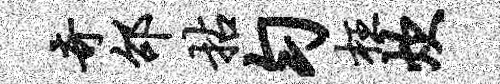
奇邵拈匀枉炊